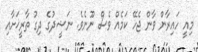
މިއީ ހައިރާން ވާން ޖެހޭ ކަމެއް ވެސް ނޫނެވެ. ނަޝީދުގެ ދިގު ތާރީޚަށާއި